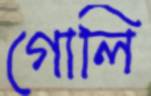
গোলি